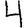
Digit: 4